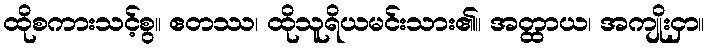
ထိုစကားသင့်စွ။ ဧတဿ၊ ထိုသူရိယမင်းသား၏။ အတ္ထာယ၊ အကျိုးငှာ။